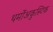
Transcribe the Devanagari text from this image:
थर्मोअकुस्टिक